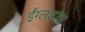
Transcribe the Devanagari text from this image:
ईंग्लंडवर